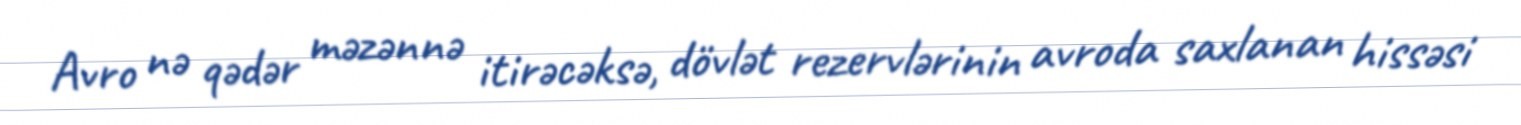
Avro nə qədər məzənnə itirəcəksə, dövlət rezervlərinin avroda saxlanan hissəsi